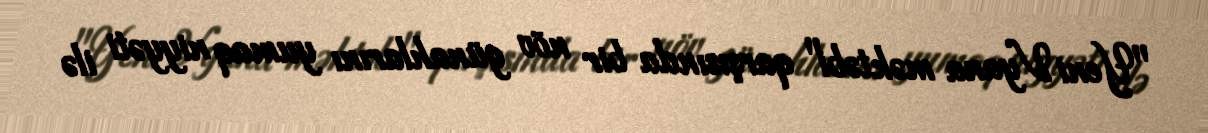
"Yeni Vyana məktəbi" qarşısında bir növ günahlarını yumaq niyyəti ilə